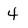
Character: 4